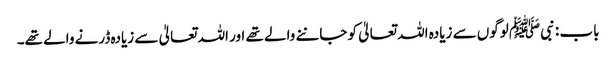
باب : نبیﷺ لوگوں سے زیادہ اللہ تعالیٰ کو جاننے والے تھے اور اللہ تعالیٰ سے زیادہ ڈرنے والے تھے۔